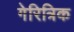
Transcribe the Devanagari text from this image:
गेरित्रिक